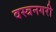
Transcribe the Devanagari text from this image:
वस्त्रनगरी